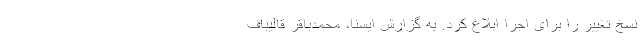
نسخ تغییر را برای اجرا ابلاغ کرد. به گزارش ایسنا، محمدباقر قالیباف